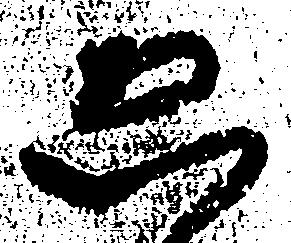
ゑ